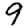
Digit: 9